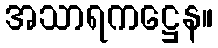
အသာရကဋ္ဌေန။